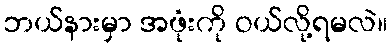
ဘယ်နားမှာ အဖုံးကို ဝယ်လို့ရမလဲ။